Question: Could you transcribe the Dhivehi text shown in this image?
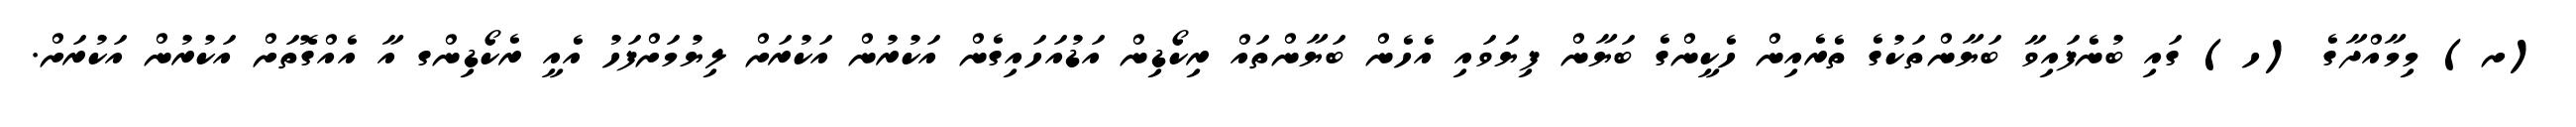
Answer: (ށ) މިމާއްދާގެ (ހ) ގައި ބުނެފައިވާ ބަޔާންތަކުގެ ތެރެއިން ހެކީންގެ ބަޔާން ފިޔަވައި އެހެން ބަޔާންތައް ރިކޯޑިން އަޑުއަހައިގެން އަކުރުން އަކުރަށް ލިޔުމަށްފަހު އެއީ ރެކޯޑިންގ އާ އެއްގޮތަށް އަކުރުން އަކުރަށް.